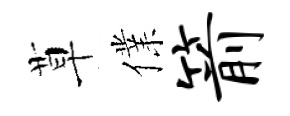
草㒒箭